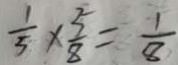
\frac { 1 } { 5 } \times \frac { 5 } { 8 } = \frac { 1 } { 8 }